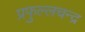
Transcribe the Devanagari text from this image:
प्रफुल्लचन्द्र